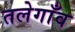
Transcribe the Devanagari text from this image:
तलेगाँव